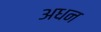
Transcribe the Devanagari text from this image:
अधन